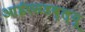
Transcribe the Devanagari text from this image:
आईएसडब्ल्यू